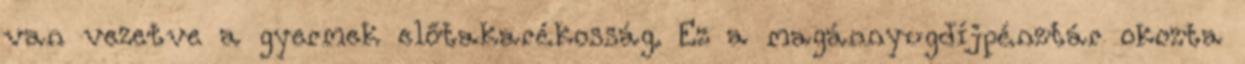
van vezetve a gyermek előtakarékosság. Ez a magánnyugdíjpénztár okozta